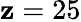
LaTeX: \mathbf{z}=25